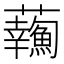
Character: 𧅹